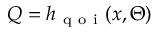
Q = h _ { \mathrm { ~ q ~ o ~ i ~ } } ( x , \Theta )